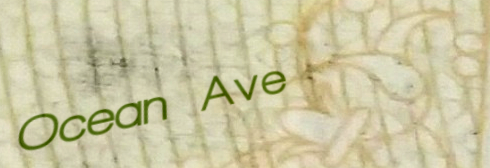
Ocean Ave